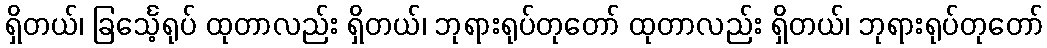
ရှိတယ်၊ ခြင်္သေ့ရုပ် ထုတာလည်း ရှိတယ်၊ ဘုရားရုပ်တုတော် ထုတာလည်း ရှိတယ်၊ ဘုရားရုပ်တုတော်